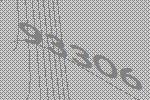
93306